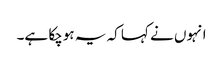
انہوں نے کہا کہ یہ ہوچکا ہے۔